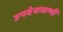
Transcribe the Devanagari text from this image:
उपदेशवाणी